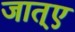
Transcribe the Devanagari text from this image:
जात्ए